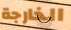
الخارجة